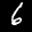
Label: 6